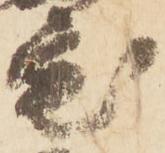
宅